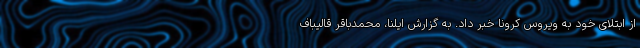
از ابتلای خود به ویروس کرونا خبر داد. به گزارش ایلنا، محمدباقر قالیباف